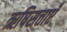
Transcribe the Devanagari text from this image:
ऋषिसत्ताएँ